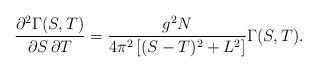
LaTeX: \begin{align*}\frac{\partial ^2\Gamma(S,T)}{\partial S\,\partial T}=\frac{g^2N}{4\pi^2\left[ (S-T)^2+L^2\right]}\Gamma(S,T).\end{align*}